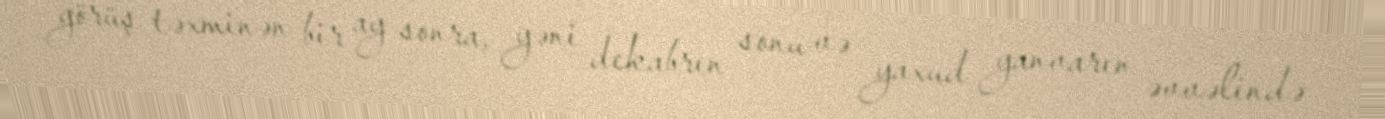
görüş təxminən bir ay sonra, yəni dekabrın sonu və yaxud yanvarın əvvəlində